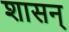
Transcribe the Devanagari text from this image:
शासन्